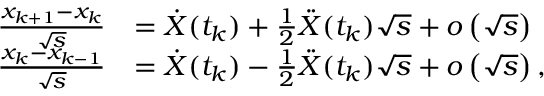
\begin{array} { r l } { \frac { x _ { k + 1 } - x _ { k } } { \sqrt { s } } } & { = \dot { X } ( t _ { k } ) + \frac { 1 } { 2 } \ddot { X } ( t _ { k } ) \sqrt { s } + o \left( \sqrt { s } \right) } \\ { \frac { x _ { k } - x _ { k - 1 } } { \sqrt { s } } } & { = \dot { X } ( t _ { k } ) - \frac { 1 } { 2 } \ddot { X } ( t _ { k } ) \sqrt { s } + o \left( \sqrt { s } \right) , } \end{array}